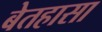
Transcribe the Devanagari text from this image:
बेतहासा